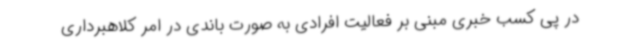
در پی کسب خبری مبنی بر فعالیت افرادی به صورت باندی در امر کلاهبرداری